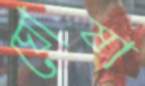
ঘোষা